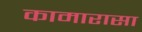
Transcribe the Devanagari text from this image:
कामारासा